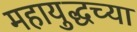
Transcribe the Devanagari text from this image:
महायुद्धच्या